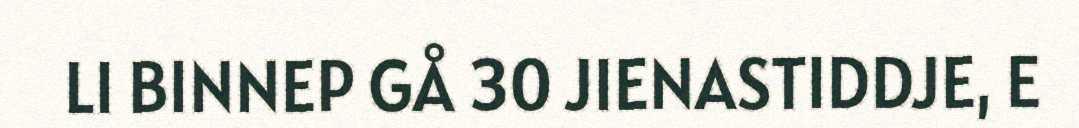
LI BINNEP GÅ 30 JIENASTIDDJE, E